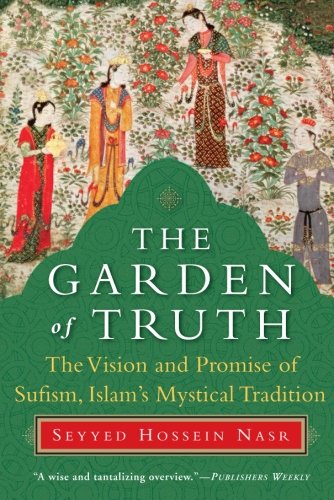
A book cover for The Garden of Truth: The Vision and Promise of Sufism, Islam's Mystical Tradition; Seyyed Hossein Nasr; Religion & Spirituality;